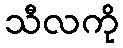
သီလကို